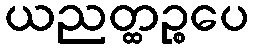
ယညတ္ထဉ္စပေ